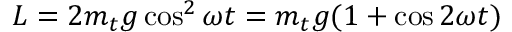
L = 2 m _ { t } g \cos ^ { 2 } \omega t = m _ { t } g ( 1 + \cos 2 \omega t )